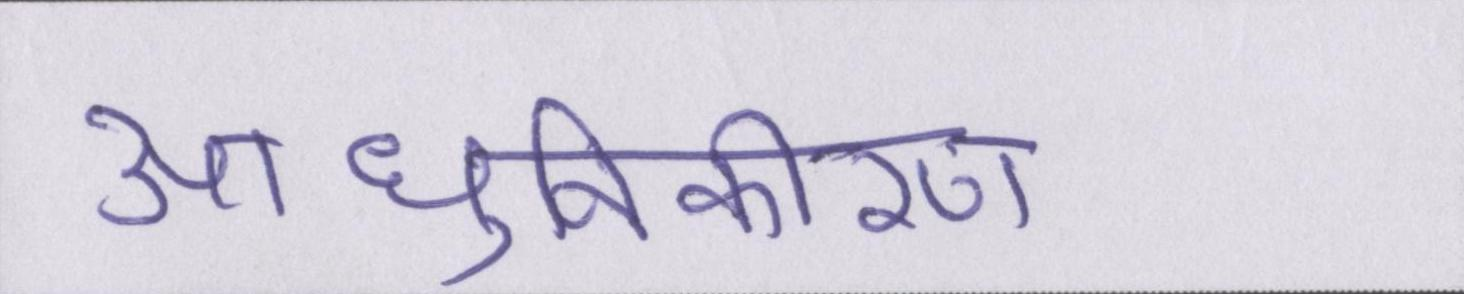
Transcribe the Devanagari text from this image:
आधुनिकीकरण